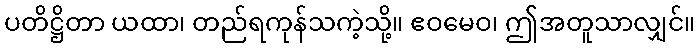
ပတိဋ္ဌိတာ ယထာ၊ တည်ရကုန်သကဲ့သို့။ ဧဝမေဝ၊ ဤအတူသာလျှင်။